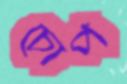
চোপ